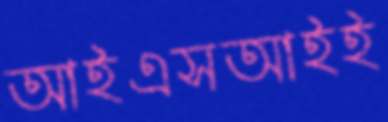
আইএসআইই